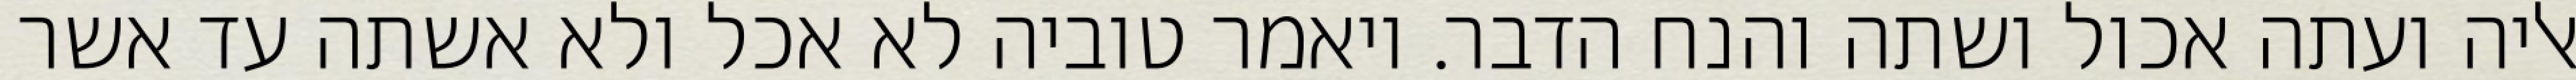
אליה ועתה אכול ושתה והנח הדבר. ויאמר טוביה לא אכל ולא אשתה עד אשר